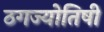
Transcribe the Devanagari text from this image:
ठगज्योतिषी